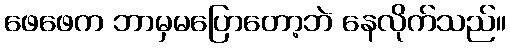
ဖေဖေက ဘာမှမပြောတော့ဘဲ နေလိုက်သည်။